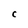
Character: C